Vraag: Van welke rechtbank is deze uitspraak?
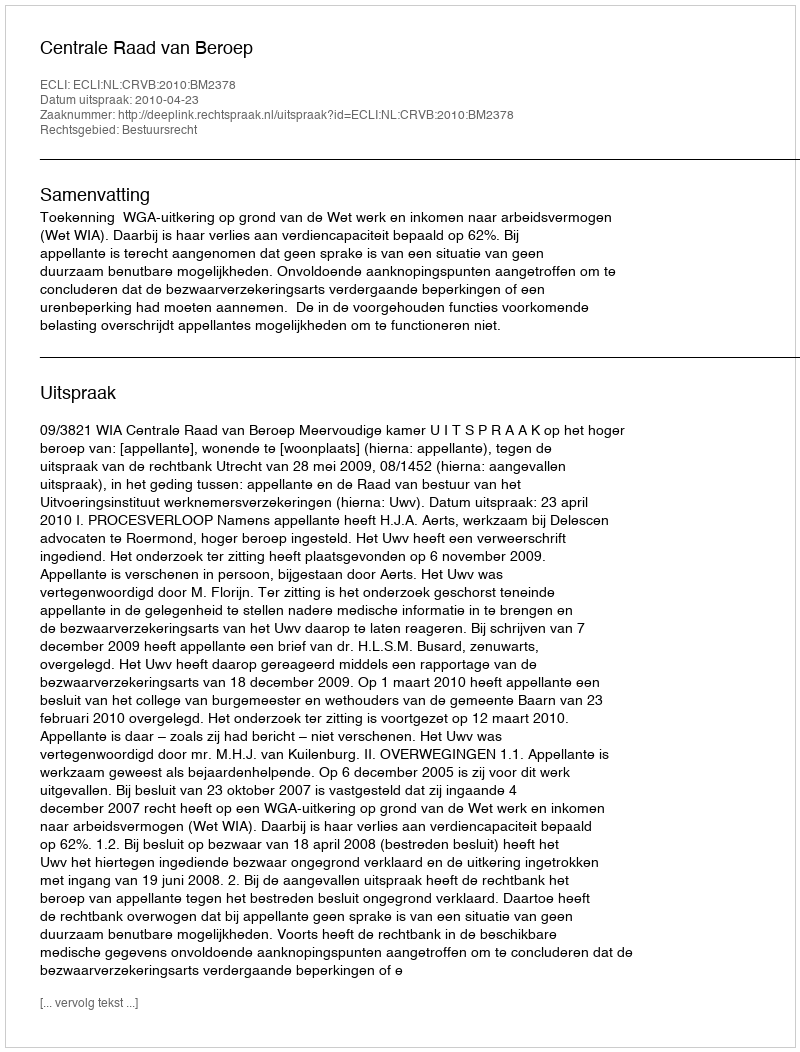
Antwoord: Centrale Raad van Beroep